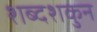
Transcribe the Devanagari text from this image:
शब्दशकुन